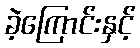
ခဲ့ကြောင်းနှင့်